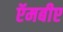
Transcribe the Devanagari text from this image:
ऍमबीए